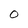
Character: O